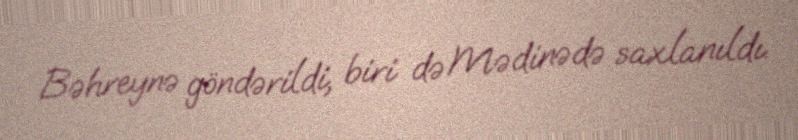
Bəhreynə göndərildi, biri də Mədinədə saxlanıldı.